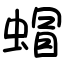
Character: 蝐